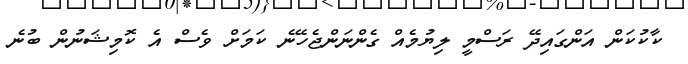
ކާކުކަން އަންގައިދޭ ރަސްމީ ލިޔުމެއް ގެންނަންޖެހޭނެ ކަމަށް ވެސް އެ ކޮމިޝަނުން ބުނެ